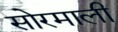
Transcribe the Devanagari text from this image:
सोरमाली